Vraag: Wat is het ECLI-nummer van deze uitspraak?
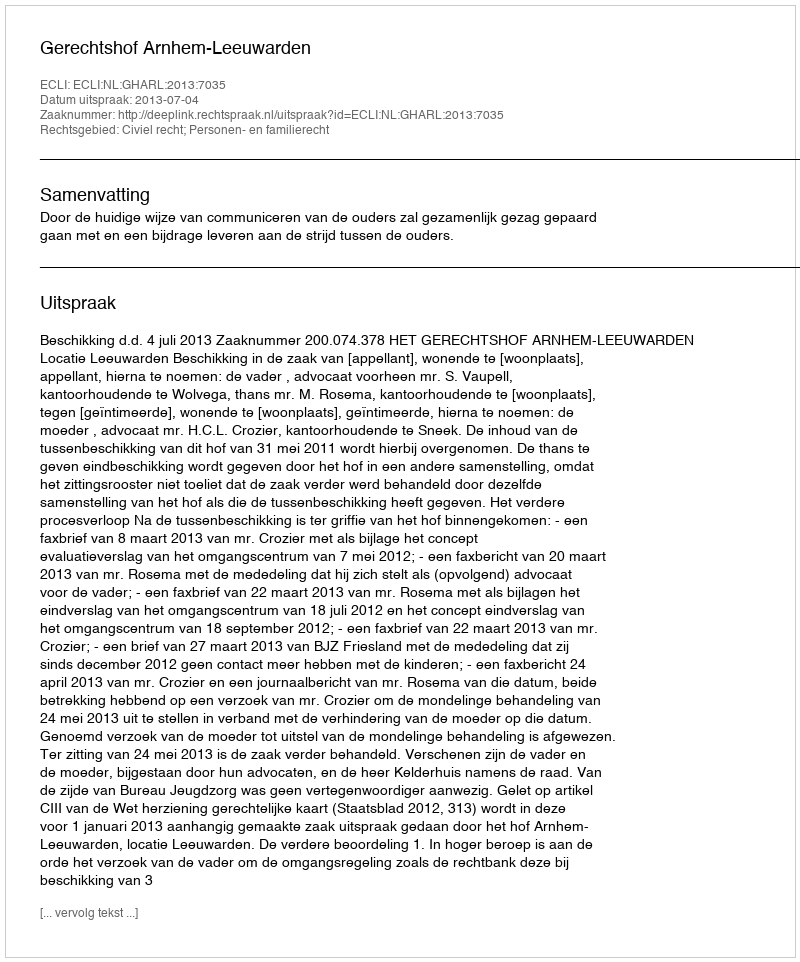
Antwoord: ECLI:NL:GHARL:2013:7035